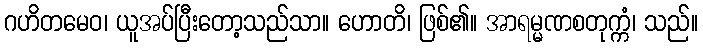
ဂဟိတမေဝ၊ ယူအပ်ပြီးတော့သည်သာ။ ဟောတိ၊ ဖြစ်၏။ အာရမ္မဏစတုက္ကံ၊ သည်။